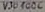
Text: V301006